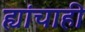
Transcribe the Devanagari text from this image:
ह्यांचाही